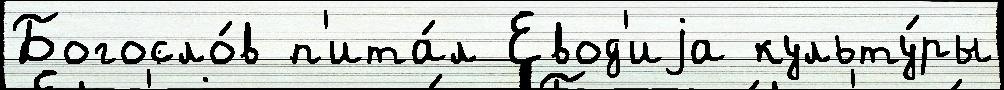
Богосло́в п'ита́л Евод'иjа культу́ры